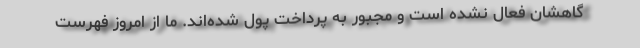
گاهشان فعال نشده است و مجبور به پرداخت پول شده‌اند. ما از امروز فهرست